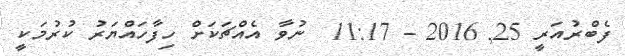
ފެބްރުއަރީ 25